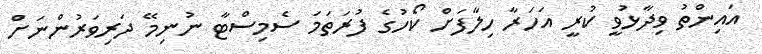
އައިންތު ވިދާޅުވީ ކުރީ އަހަރާ ހިލާފަށް ކޯހުގެ ފުރަތަމަ ސެމިސްޓާ ނުނިމޭ ދަރިވަރުންނަށް